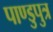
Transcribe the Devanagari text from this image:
पाण्डुपुत्र